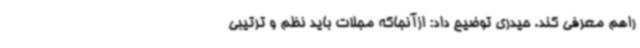
راهم معرفی کند. حیدری توضیح داد: ازآنجاکه مجلات باید نظم و ترتیبی